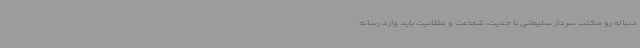
دنباله رو مکتب سردار سلیمانی با جدیت، شجاعت و عقلانیت باید وارد رسانه